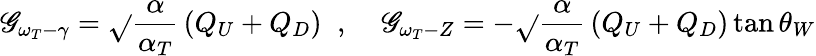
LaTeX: \mathscr{G}_{\omega_{T}-\gamma}=\sqrt{}{{\frac{{\alpha}}{{\alpha_{T}}}}}\left(Q_{U}+Q_{D}\right)\; \; ,\; \; \; \; \mathscr{G}_{\omega_{T}-Z}=-\sqrt{}{{\frac{{\alpha}}{{\alpha_{T}}}}}\left(Q_{U}+Q_{D}\right)\tan\theta_{W}